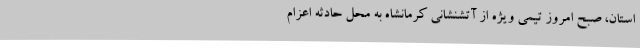
استان، صبح امروز تیمی ویژه از آتشنشانی کرمانشاه به محل حادثه اعزام